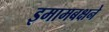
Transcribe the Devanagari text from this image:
इमामबक्षने